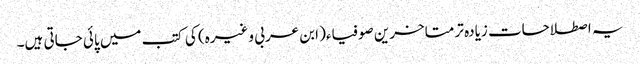
یہ اصطلاحات زیادہ تر متاخرین صوفیاء( ابن عربی وغیرہ) کی کتب میں پائی جاتی ہیں۔